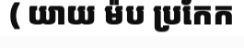
( យាយ ម៉ប ប្រកែក